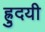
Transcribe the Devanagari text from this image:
ह्रुदयी